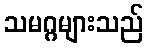
သမဂ္ဂများသည်